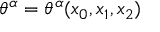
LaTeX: \theta ^ { \alpha } = \theta ^ { \alpha } ( x _ { 0 } , x _ { 1 } , x _ { 2 } )